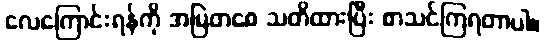
လေကြောင်းရန်ကို အမြဲတစေ သတိထားပြီး စာသင်ကြရတာပါ။